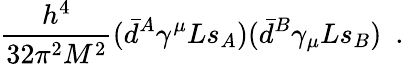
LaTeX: {\frac{h^{4}}{32\pi^{2}M^{2}}}(\bar{d}^{A}\gamma^{\mu}Ls_{A})(\bar{d}^{B}\gamma_{\mu}Ls_{B})\, \, \, .